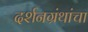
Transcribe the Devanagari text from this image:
दर्शनग्रंथांचा